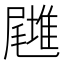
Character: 𡳪